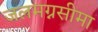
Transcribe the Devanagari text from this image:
जलमग्नसीमा